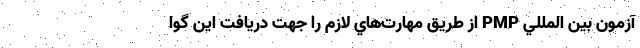
آزمون بين المللي PMP از طريق مهارت‌هاي لازم را جهت دريافت اين گوا